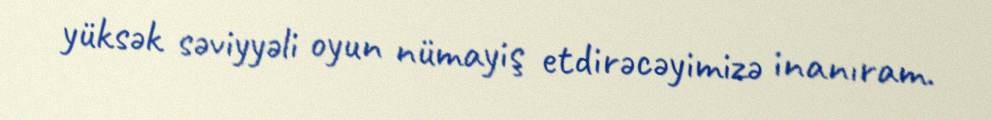
yüksək səviyyəli oyun nümayiş etdirəcəyimizə inanıram.